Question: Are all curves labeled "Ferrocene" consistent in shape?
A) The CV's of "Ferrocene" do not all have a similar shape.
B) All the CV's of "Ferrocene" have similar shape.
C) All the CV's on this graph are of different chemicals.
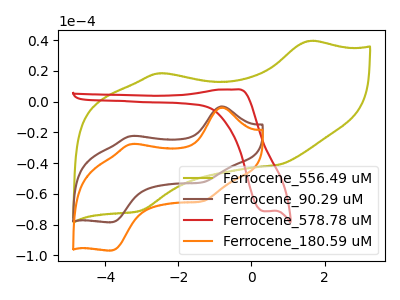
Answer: <think>The olive curve "Ferrocene_556.49 uM" has anodic peaks at (1.55V, 39.25uA) (-2.55V, 18.35uA) and cathodic peaks at (0.75V, -41.10uA) (-3.05V, -70.95uA). The brown curve "Ferrocene_90.29 uM" has anodic peaks at (-0.85V, -3.10uA) (-3.30V, -22.40uA) and cathodic peaks at (-1.35V, -52.50uA) (-3.85V, -78.45uA). The red curve "Ferrocene_578.78 uM" has an anodic peak at (-0.45V, 7.95uA) and a cathodic peak at (0.35V, -71.30uA). The orange curve "Ferrocene_180.59 uM" has anodic peaks at (-0.85V, -3.80uA) (-3.30V, -27.60uA) and cathodic peaks at (-1.35V, -64.80uA) (-3.85V, -96.85uA).
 "Ferrocene_556.49 uM" and "Ferrocene_90.29 uM" have at least one peak that do not match. "Ferrocene_556.49 uM" and "Ferrocene_578.78 uM" have a different number of peaks. "Ferrocene_556.49 uM" and "Ferrocene_180.59 uM" have at least one peak that do not match. "Ferrocene_90.29 uM" and "Ferrocene_578.78 uM" have a different number of peaks. All the peaks in "Ferrocene_90.29 uM" have a peak in "Ferrocene_180.59 uM" at the same potential. "Ferrocene_578.78 uM" and "Ferrocene_180.59 uM" have a different number of peaks.</think>
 <answer>B) All the CV's of "Ferrocene" have similar shape.</answer>
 <eval>B</eval>